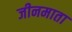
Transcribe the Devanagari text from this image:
जीनमाता